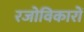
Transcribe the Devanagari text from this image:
रजोविकारों